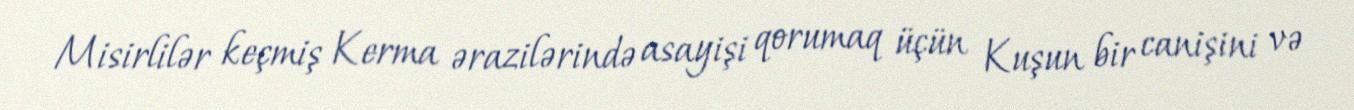
Misirlilər keçmiş Kerma ərazilərində asayişi qorumaq üçün Kuşun bir canişini və